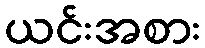
ယင်းအစား